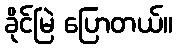
ခိုင်မြဲ ပြောတယ်။